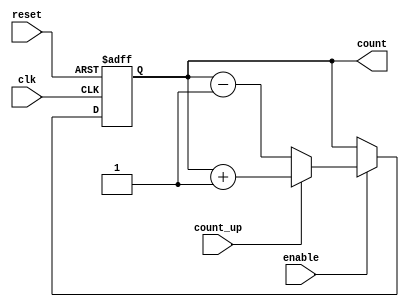
module cascaded_counter (
    input wire clk,           // Clock signal
    input wire reset,         // Asynchronous reset
    input wire enable,        // Enable signal
    input wire count_up,      // Count up signal (1 for up, 0 for down)
    output reg [3:0] count    // 4-bit counter output
);

    // Flip-flops to hold each bit of the counter
    reg [3:0] count_next;

    always @(posedge clk or posedge reset) begin
        if (reset) begin
            count <= 4'b0000; // Reset the counter to zero
        end else if (enable) begin
            count <= count_next; // Update the counter
        end
    end

    // Logic for counting up or down
    always @(*) begin
        if (count_up) begin
            count_next = count + 1; // Count up
        end else begin
            count_next = count - 1; // Count down
        end
    end

endmodule